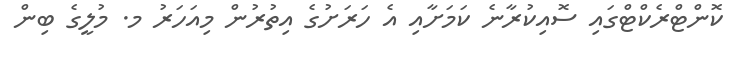
ކޮންޓްރެކްޓްގައި ސޮއިކުރާނެ ކަމަށާއި އެ ހަރަށުގެ އިތުރުން މިއަހަރު މ. މުލީގެ ބިން